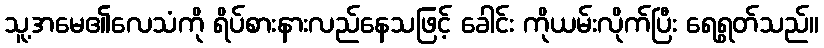
သူ့အမေ၏လေသံကို ရိပ်စားနားလည်နေသဖြင့် ခေါင်း ကိုယမ်းလိုက်ပြီး ရေရွတ်သည်။